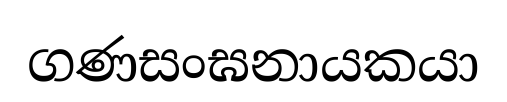
ගණසංඝනායකයා